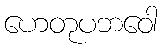
ဟေတုပဘဝေါ